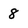
Character: 8